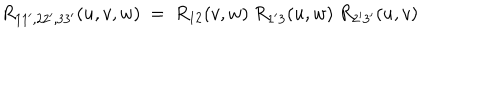
R _ { 1 1 ^ { \prime } , 2 2 ^ { \prime } , 3 3 ^ { \prime } } ( u , v , w ) \ = \ R _ { 1 2 } ( v , w ) \ R _ { 1 ^ { \prime } 3 } ( u , w ) \ R _ { 2 ^ { \prime } 3 ^ { \prime } } ( u , v )